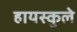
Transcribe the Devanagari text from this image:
हायस्कुले